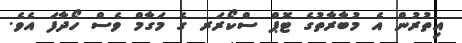
އިތުރުން އެ މުބާރާތުގެ ޓޮޕް ސްކޯރަރ ގެ މަގާމް ވެސް ހޯދާފަ އެވެ.